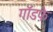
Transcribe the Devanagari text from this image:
गॉडफ़े